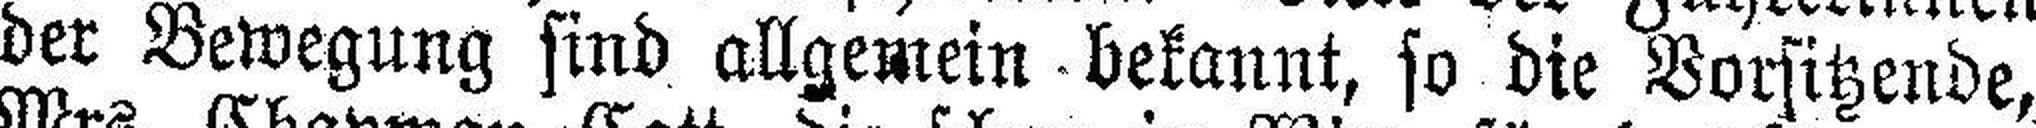
der Bewegung sind allgemein bekannt, so die Vorsitzende,